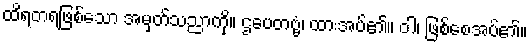
ထိရတရဖြစ်သော အမှတ်သညာကို။ ဌပေတဗ္ဗံ၊ ထားအပ်၏။ ဝါ၊ ဖြစ်စေအပ်၏။